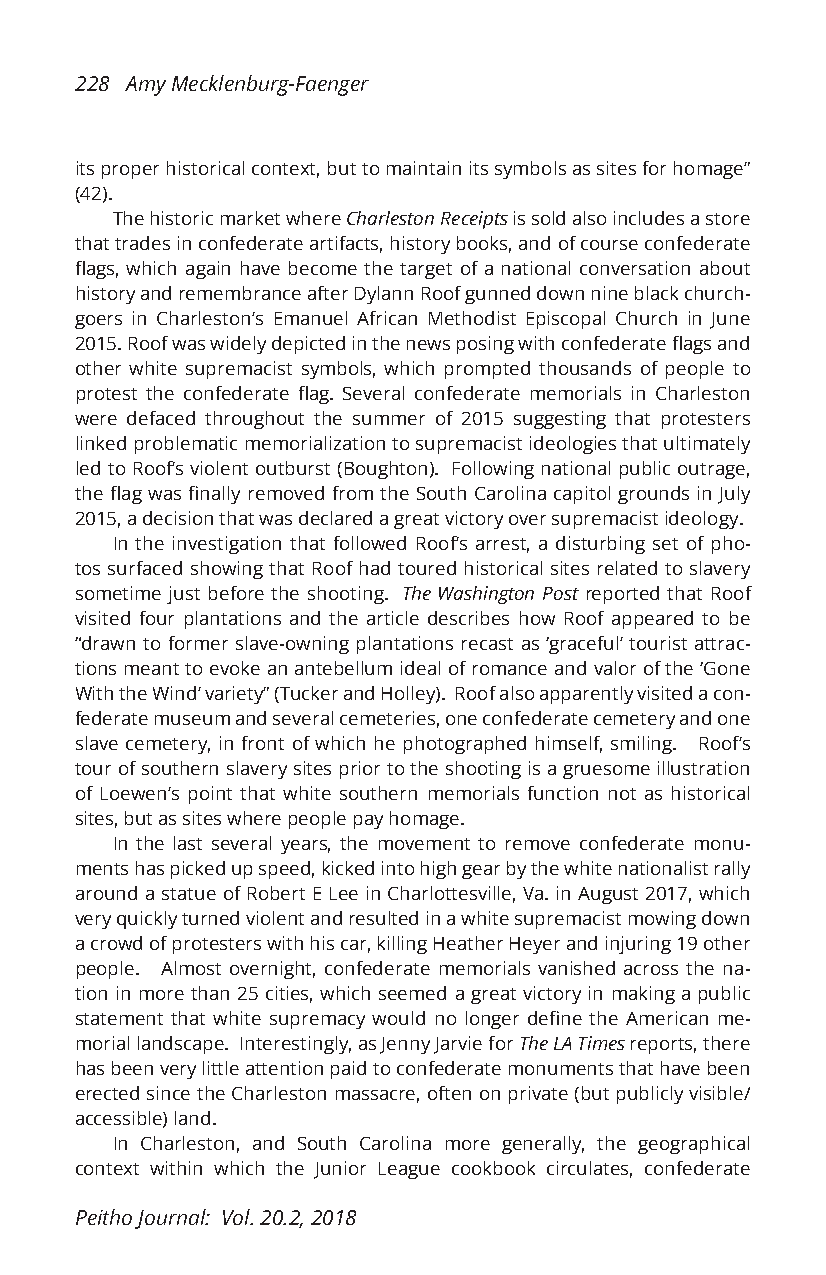
228 Amy Mecklenburg-Faenger
 its proper historical context, but to maintain its symbols as sites for homage”
 (42).
 The historic market where Charleston Receipts is sold also includes a store
 that trades in confederate artifacts, history books, and of course confederate
 flags, which again have become the target of a national conversation about
 history and remembrance after Dylann Roof gunned down nine black church-
 goers in Charleston’s Emanuel African Methodist Episcopal Church in June
 2015. Roof was widely depicted in the news posing with confederate flags and
 other white supremacist symbols, which prompted thousands of people to
 protest the confederate flag. Several confederate memorials in Charleston
 were defaced throughout the summer of 2015 suggesting that protesters
 linked problematic memorialization to supremacist ideologies that ultimately
 led to Roof’s violent outburst (Boughton). Following national public outrage,
 the flag was finally removed from the South Carolina capitol grounds in July
 2015, a decision that was declared a great victory over supremacist ideology.
 In the investigation that followed Roof’s arrest, a disturbing set of pho-
 tos surfaced showing that Roof had toured historical sites related to slavery
 sometime just before the shooting. The Washington Post reported that Roof
 visited four plantations and the article describes how Roof appeared to be
 “drawn to former slave-owning plantations recast as ‘graceful’ tourist attrac-
 tions meant to evoke an antebellum ideal of romance and valor of the ‘Gone
 With the Wind’ variety” (Tucker and Holley). Roof also apparently visited a con-
 federate museum and several cemeteries, one confederate cemetery and one
 slave cemetery, in front of which he photographed himself, smiling. Roof’s
 tour of southern slavery sites prior to the shooting is a gruesome illustration
 of Loewen’s point that white southern memorials function not as historical
 sites, but as sites where people pay homage.
 In the last several years, the movement to remove confederate monu-
 ments has picked up speed, kicked into high gear by the white nationalist rally
 around a statue of Robert E Lee in Charlottesville, Va. in August 2017, which
 very quickly turned violent and resulted in a white supremacist mowing down
 a crowd of protesters with his car, killing Heather Heyer and injuring 19 other
 people. Almost overnight, confederate memorials vanished across the na-
 tion in more than 25 cities, which seemed a great victory in making a public
 statement that white supremacy would no longer define the American me-
 morial landscape. Interestingly, as Jenny Jarvie for The LA Times reports, there
 has been very little attention paid to confederate monuments that have been
 erected since the Charleston massacre, often on private (but publicly visible/
 accessible) land.
 In Charleston, and South Carolina more generally, the geographical
 context within which the Junior League cookbook circulates, confederate
 Peitho Journal: Vol. 20.2, 2018